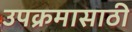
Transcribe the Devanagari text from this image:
उपक्रमासाठी